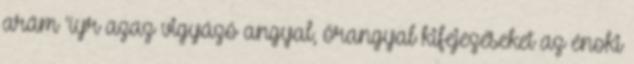
arám 'íyr azaz vigyázó angyal, őrangyal kifejezéseket az énoki